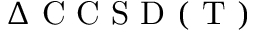
\Delta \mathrm { ~ C ~ C ~ S ~ D ~ ( ~ T ~ ) ~ }